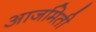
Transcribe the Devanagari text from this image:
आजमिती